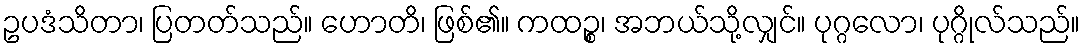
ဥပဒံသိတာ၊ ပြတတ်သည်။ ဟောတိ၊ ဖြစ်၏။ ကထဉ္စ၊ အဘယ်သို့လျှင်။ ပုဂ္ဂလော၊ ပုဂ္ဂိုလ်သည်။